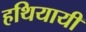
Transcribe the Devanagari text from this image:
हथियायी